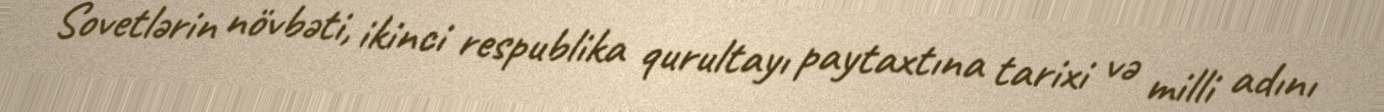
Sovetlərin növbəti, ikinci respublika qurultayı paytaxtına tarixi və milli adını